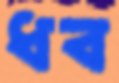
ধব